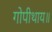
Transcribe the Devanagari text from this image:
गोपीथाय॥